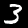
Label: 3